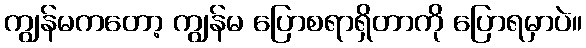
ကျွန်မကတော့ ကျွန်မ ပြောစရာရှိတာကို ပြောရမှာပဲ။